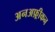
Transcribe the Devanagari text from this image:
अनअफ़्रीकन